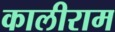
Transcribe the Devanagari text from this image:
कालीराम